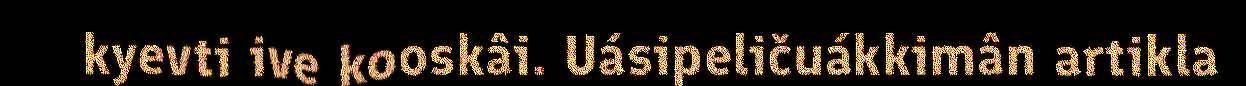
kyevti ive kooskâi. Uásipeličuákkimân artikla